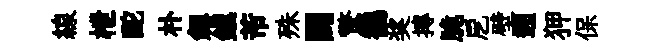
線枻酡朴劔鎭芾殊闢驚鶺奖摶脆戹壁遡狎保